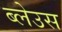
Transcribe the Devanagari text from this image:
ब्लेउस